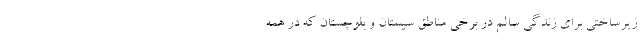
زیرساختی برای زندگی سالم در برخی مناطق سیستان و بلوچستان که در همه